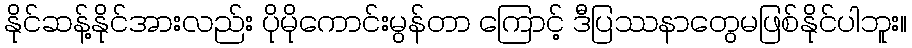
နိုင်ဆန့်နိုင်အားလည်း ပိုမိုကောင်းမွန်တာ ကြောင့် ဒီပြဿနာတွေမဖြစ်နိုင်ပါဘူး။